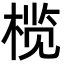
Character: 榄